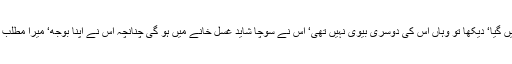
شام کو سات بجے وہ گھر پہنچا ‘ آہستہ آہستہ قدم اُٹھاتے ہوئے اپنے کمرے میں گیا‘ دیکھا تو وہاں اس کی دوسری بیوی نہیں تھی‘ اس نے سوچا شاید غسل خانے میں ہو گی چنانچہ اس نے اپنا بوجھ‘ میرا مطلب ہے وہ تھان وغیرہ پلنگ پر رکھ کر غسل خانے کا رخ کیا ‘ مگر وہ خالی تھا۔